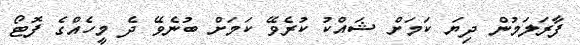
ފާރަލަމުން ދިޔަ ކަމަށް ޝައްކު ކުރެވޭ ކަމަށް ބުނެވޭ ދެ މީހެއްގެ ފޮޓޯ